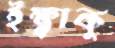
ইক্ষ্বাকু